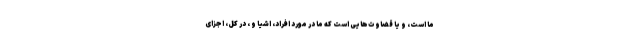
ما است، و یا قضاوت‌هایی است که ما در مورد افراد، اشیا و ، در کل، اجزای